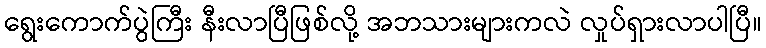
ရွေးကောက်ပွဲကြီး နီးလာပြီဖြစ်လို့ အဘသားများကလဲ လှုပ်ရှားလာပါပြီ။